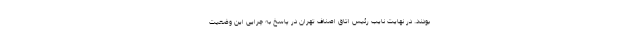
بودند. در نهایت نایب رئیس اتاق اصناف تهران در پاسخ به چرایی این وضعیت